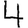
Digit: 4